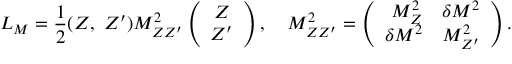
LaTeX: { \cal L } _ { M } = \frac { 1 } { 2 } ( Z , \ Z ^ { \prime } ) M _ { Z Z ^ { \prime } } ^ { 2 } \left( \begin{array} { c } { { Z } } \\ { { Z ^ { \prime } } } \end{array} \right) , \ \ \ M _ { Z Z ^ { \prime } } ^ { 2 } = \left( \begin{array} { r l } { { M _ { Z } ^ { 2 } } } & { { \delta M ^ { 2 } } } \\ { { \delta M ^ { 2 } } } & { { M _ { Z ^ { \prime } } ^ { 2 } } } \end{array} \right) .